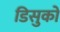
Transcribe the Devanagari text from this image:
डिसुको